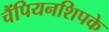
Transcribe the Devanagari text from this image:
चैंपियनशिपके